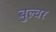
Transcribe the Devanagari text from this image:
बुल्वर